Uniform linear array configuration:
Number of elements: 32
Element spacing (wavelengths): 1
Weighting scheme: uniform
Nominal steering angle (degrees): -15
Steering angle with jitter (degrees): -13.607
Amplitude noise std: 0.05
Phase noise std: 0.05

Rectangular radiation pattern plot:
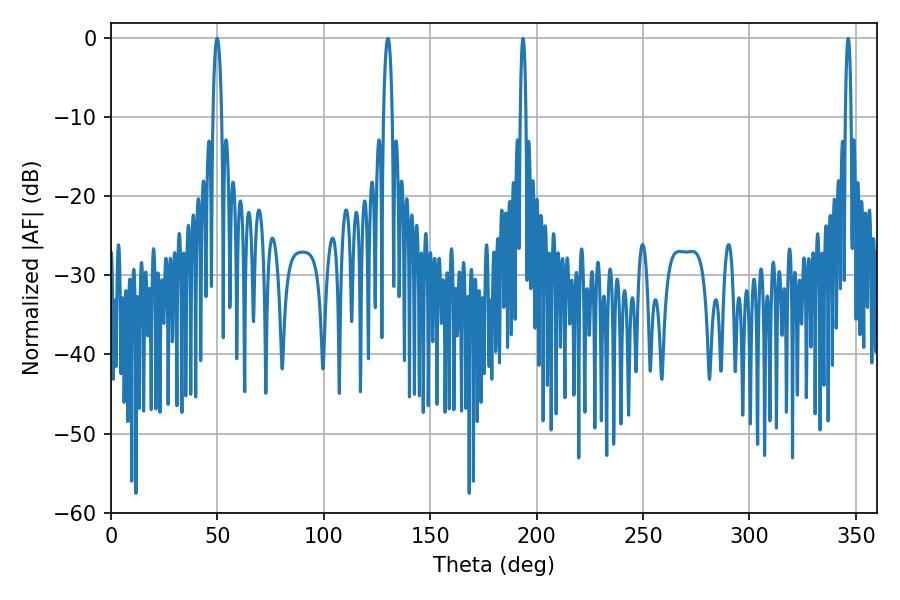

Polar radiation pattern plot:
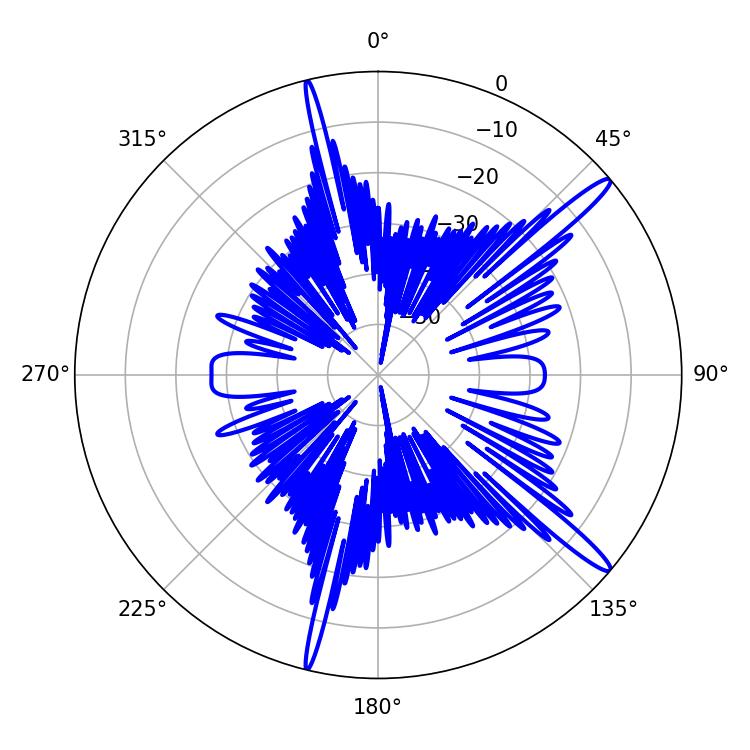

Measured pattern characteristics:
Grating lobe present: TRUE
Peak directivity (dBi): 15.32
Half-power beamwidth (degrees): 2.34
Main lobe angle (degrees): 49.86